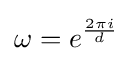
\omega =e^{\frac {2\pi i}{d}}